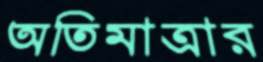
অতিমাত্রার